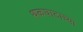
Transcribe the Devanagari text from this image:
थळघाटाच्या